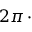
2 \pi \, \cdot